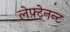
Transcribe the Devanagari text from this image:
लेफ़्टेनन्ट